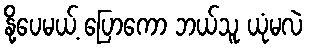
နို့ပေမယ့် ပြောကော ဘယ်သူ ယုံမလဲ